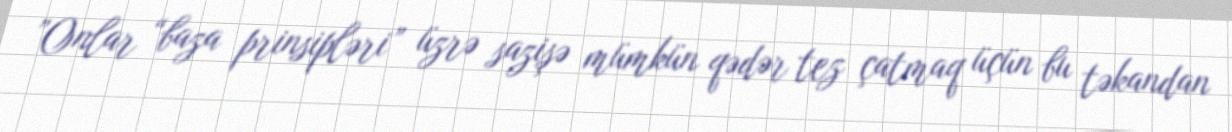
”Onlar “baza prinsipləri” üzrə sazişə mümkün qədər tez çatmaq üçün bu təkandan